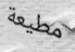
مطيعة